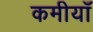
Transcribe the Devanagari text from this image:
कमीयाँ